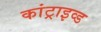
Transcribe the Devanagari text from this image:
कांट्राइव्ड